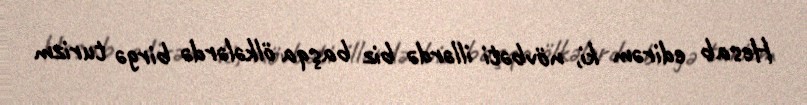
Hesab edirəm ki, növbəti illərdə biz başqa ölkələrdə birgə turizm